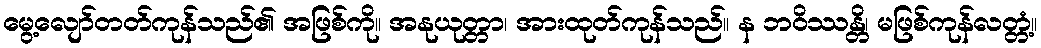
မွေ့လျော်တတ်ကုန်သည်၏ အဖြစ်ကို။ အနုယုတ္တာ၊ အားထုတ်ကုန်သည်။ န ဘဝိဿန္တိ၊ မဖြစ်ကုန်လတ္တံ့။